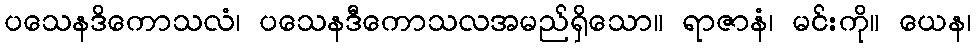
ပသေနဒိကောသလံ၊ ပသေနဒီကောသလအမည်ရှိသော။ ရာဇာနံ၊ မင်းကို။ ယေန၊